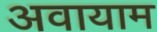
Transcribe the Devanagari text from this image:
अवायाम